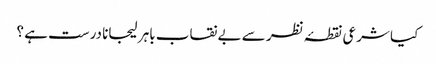
کیا شرعی نقطۂ نظر سے بے نقاب باہر لیجانا درست ہے ؟